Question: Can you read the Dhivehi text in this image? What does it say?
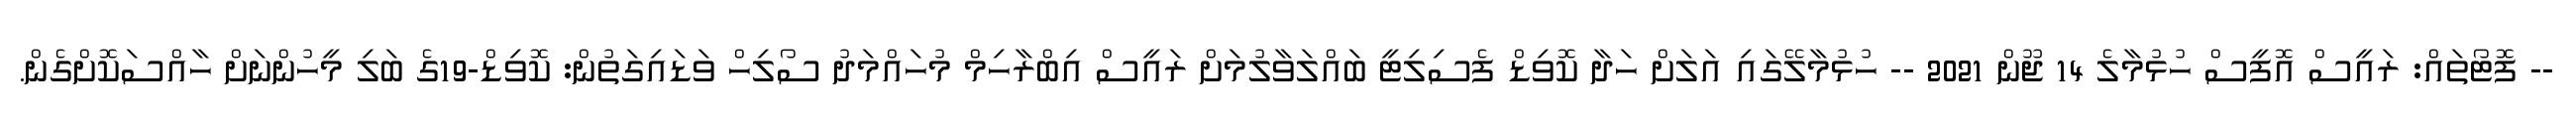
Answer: -- ފޮޓޯތައް: ރައީސް އޮފީސް ހުޅުމާލެ 14 ޖޫން 2021 -- ހުޅުމާލޭގައި އަލަށް ހަދާ ކޮވިޑް ފެސިލިޓީ ބައްލަވާލުމަށް ރައީސް އިބްރާހިމް މުހައްމަދު ސޯލިހް ވަޑައިގަތުން: ކޮވިޑް-19ގެ ބަލި މީހުންނަށް ހާއްސަކޮށްގެން.